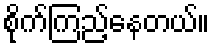
စိုက်ကြည့်နေတယ်။